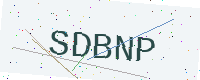
Text: SDBNP